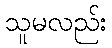
သူမလည်း